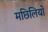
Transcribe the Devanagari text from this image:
मछिलियों